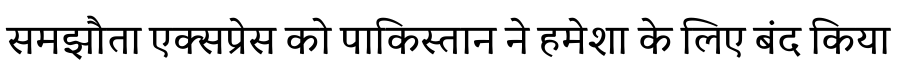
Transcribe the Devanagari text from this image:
समझौता एक्सप्रेस को पाकिस्तान ने हमेशा के लिए बंद किया